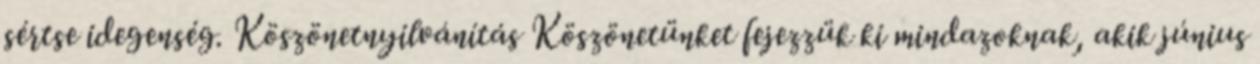
sértse idegenség. Köszönetnyilvánítás Köszönetünket fejezzük ki mindazoknak, akik június